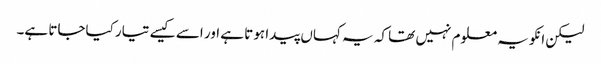
لیکن انکو یہ معلوم نہیں تھا کہ یہ کہاں پیدا ہوتا ہے اور اسے کیسے تیار کیاجاتا ہے۔